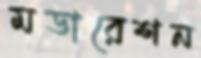
মডারেশন